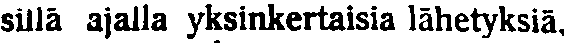
sillä ajalla yksinkertaisia lähetyksiä,